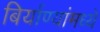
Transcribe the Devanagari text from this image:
बिर्याण्यांमध्ये